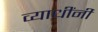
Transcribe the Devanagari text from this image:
व्याधींनी